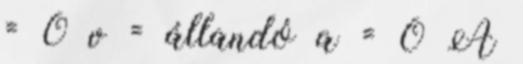
= 0 v = állandó a = 0 A